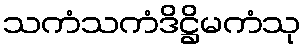
သကံသကံဒိဋ္ဌိမကံသု